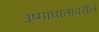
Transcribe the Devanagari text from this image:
उष्माघातावरील